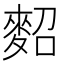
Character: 𪌕